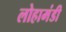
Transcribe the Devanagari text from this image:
लोहामंडी